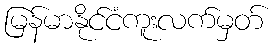
မြန်မာနိုင်ငံကူးလက်မှတ်